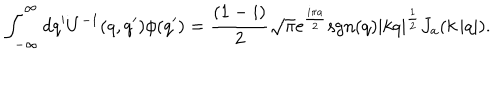
\int _ { - \infty } ^ { \infty } d q ^ { \prime } U ^ { - 1 } ( q , q ^ { \prime } ) \phi ( q ^ { \prime } ) = \frac { ( 1 - i ) } { 2 } \sqrt { \pi } \mathrm { e } ^ { \frac { i \pi a } { 2 } } \mathrm { s g n } ( q ) \left| k q \right| ^ { \frac { 1 } { 2 } } J _ { a } ( k \left| q \right| ) .